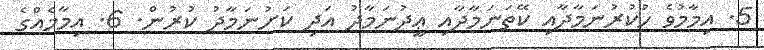
5. އިމާމުވެ ހުކުރުނަމާދާއި ކޭތަނަމާދާއި ޢީދުނަމާދު އަދި ކަށުނަމާދު ކުރުން. 6. އިމާމެއްގެ